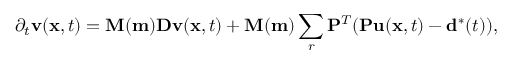
\partial _ { t } \mathbf { v } ( \mathbf { x } , t ) = \mathbf { M ( m ) } \mathbf { D v } ( \mathbf { x } , t ) + \mathbf { M ( m ) } \sum _ { r } \mathbf { P } ^ { T } ( \mathbf { P u } ( \mathbf { x } , t ) - \mathbf { d } ^ { * } ( t ) ) ,